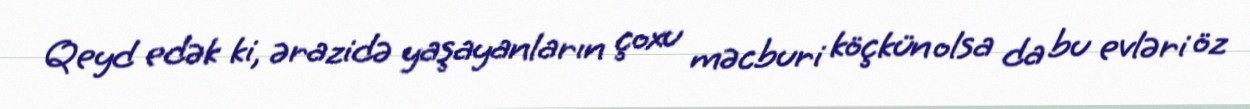
Qeyd edək ki, ərazidə yaşayanların çoxu məcburi köçkün olsa da bu evləri öz